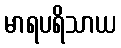
မာရပရိသာယ